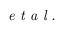
\textit { e t a l . }